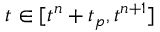
t \in [ t ^ { n } + t _ { p } , t ^ { n + 1 } ]